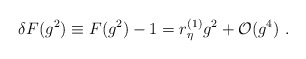
\begin{align*}\delta F(g^2) \equiv F(g^2) -1 = r^{(1)}_\eta g^2 + {\cal O}(g^4) \ .\end{align*}